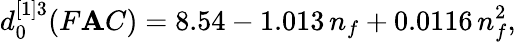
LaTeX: d_{0}^{[1]3}(F\mathbf{A}C)=8.54-1.013\, n_{f}+0.0116\, n_{f}^{2}{},